Annual report of the Civil Veterinary Department, Bengal, for the year 1897-98 - 1897-1898
Year: 1897
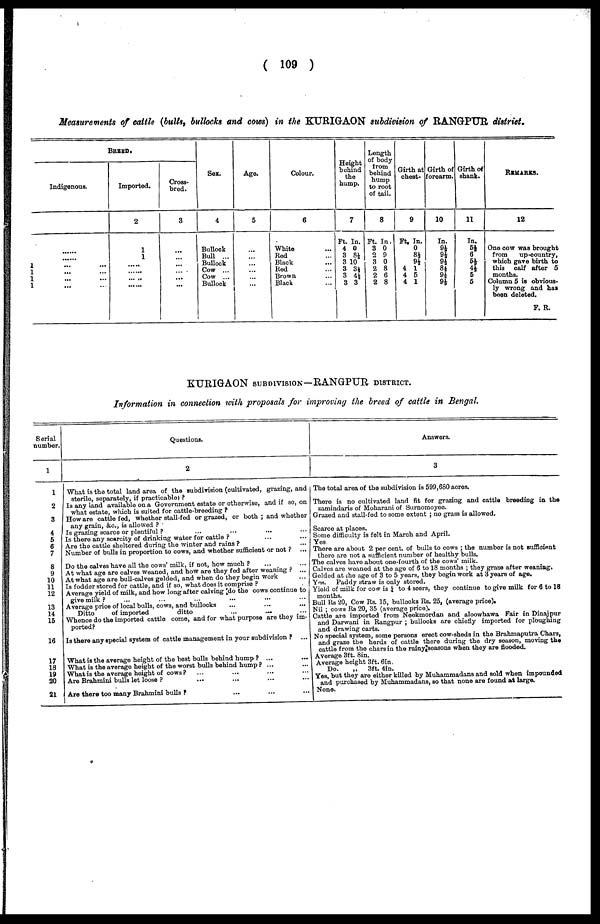
(109)
Measurements of cattle (bulls, bullocks and cows) in the KURIGAON subdivision of RANGPUR district.
1
1
1
1
Indigenous.
......
......
... ...
... ...
...
...
... ...
BREED.
Imported.
2
1
1
... ...
... ...
... ...
... ...
Cross-
bred.
3
...
...
...
...
...
...
Sex.
4
Bullock
Bull ...
Bullock
Cow ...
Cow ...
Bullock
Ago.
5
...
...
... ...
... ...
Colour.
6
White ...
Red ...
Black ...
Red ...
Brown ...
Black ...
Height
behind
the
hump.
7
Ft. In.
4 0
3 8½
3 10
3 3½
3 4½
3 3
Length
of body
from
behind
hump
to root
of tail.
8
Ft. In.
3 0
2 9
3 0
2 8
2 6
2 8
Girth at
chest.
9
Ft. In.
0
8½
9½
4 1
4 5
4 1
Girth of
forearm.
10
In.
9½
9½
9½
8½
9½
9½
Girth of
shank.
11
In.
5½
6
5½
4½
5
5
REMARKS.
12
One cow was brought
from
up-country,
which gave birth to
this calf after 5
months.
Column 5 is obvious-
ly wrong and has
been deleted.
F. R.
KURIGAON SUBDIVISION—RANGPUR DISTRICT.
Information in connection with proposals for improving the breed of cattle in Bengal.
Serial
number.
1
1
2
3
4
5
6
7
8
9
10
11
12
13
14
15
16
17
18
19
20
21
Questions.
2
What is the total land area of the subdivision (cultivated, grazing, and
sterile, separately, if practicable)?
Is any land available on a Government estate or otherwise, and if so, on
what estate, which is suited for cattle-breeding?
How are cattle fed, whether stall-fed or grazed, or both; and whether
any grain, &c, is allowed?
Is grazing scarce or plentiful? ... ... ... ...
Is there any scarcity of drinking water for cattle? ... ...
Are the cattle sheltered during the winter and rains? ...
Number of bulls in proportion to cows, and whether sufficient or not? ...
Do the calves have all the cows' milk, if not, how much?
...
...
At what age are calves weaned, and how are they fed after weaning? ...
At what age are bull-calves gelded, and when do they begin Work ...
Is fodder stored for cattle, and if so, what does it comprise?
Average yield of milk, and how long after calving do the cows continue to
give milk? ... ... ... ... ... ...
Average price of local bulls, cows, and bullocks ... ... ...
Ditto
of imported
ditto
...
...
...
Whence do the imported cattle come, and for what purpose are they im-
ported?
Is there any special system of cattle management in your subdivision?
...
What is the average height of the best bulls behind hump? ... ...
What is the average height of the worst bulls behind hump? ... ...
What is the average height of cows? ... ... ... ...
Are Brahmini bulls let loose?
...
...
...
...
Are there too many Brahmini bulls? ... ... ...
Answers.
3
The total area of the subdivision is 599,680 acres.
There is no cultivated land fit for grazing and cattle breeding in the
zamindaris of Moharani of Surnomoyee.
Grazed and stall-fed to some extent; no grass is allowed.
Scarce at places.
Some difficulty is felt in March and April.
Yes.
There are about 2 per cent. of bulls to cows; the number is not sufficient
there are not a sufficient number of healthy bulls.
The calves have about one-fourth of the cows' milk.
Calves are weaned at the age of 6 to 18 months; they graze after weaning.
Gelded at the age of 3 to 5 years, they begin work at 3 years of age.
Yes. Paddy straw is only stored.
Yield of milk for cow is ½ to 4 seers, they continue to give milk for 6 to 18
months.
Bull Rs 20, Cow Rs. 15, bullocks Rs. 25, (average price).
Nil; cows Rs 20, 35 (average price).
Cattle are imported from Neekmordan and aloowhawa Fair in Dinajpur
and Darwani in Rangpur; bullocks are chiefly imported for ploughing
and drawing carts.
No special system, some persons erect cow-sheds in the Brahmaputra Chars,
and graze the herds of cattle there during the dry season, moving the
cattle from the chars in the rainy seasons when they are flooded.
Average 3ft. 8in.
Average height 3ft. 6in.
Do. „ 3ft. 4in.
Yes, but they are either killed by Muhammadans and sold when impounded
and purchased by Muhammadans, so that none are found at large.
None.